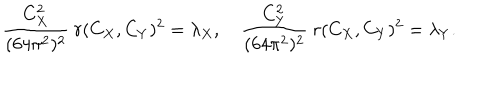
{ \frac { C _ { X } ^ { 2 } } { ( 6 4 \pi ^ { 2 } ) ^ { 2 } } } \ r ( C _ { X } , C _ { Y } ) ^ { 2 } = \lambda _ { X } , \quad { \frac { C _ { Y } ^ { 2 } } { ( 6 4 \pi ^ { 2 } ) ^ { 2 } } } \ r ( C _ { X } , C _ { Y } ) ^ { 2 } = \lambda _ { Y } .